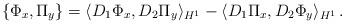
LaTeX: \begin{align*}\{\Phi_x,\Pi_y\}=\langle D_1\Phi_x,D_2 \Pi_y\rangle_{H^1}-\langle D_1\Pi_x,D_2 \Phi_y\rangle_{H^1}\,.\end{align*}